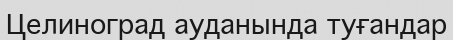
Целиноград ауданында туғандар